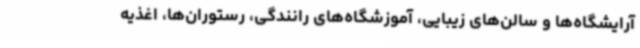
آرایشگاه‌ها و سالن‌های زیبایی، آموزشگاه‌های رانندگی، رستوران‌ها، اغذیه